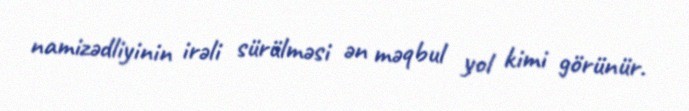
namizədliyinin irəli sürülməsi ən məqbul yol kimi görünür.